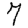
Digit: 7